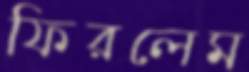
ফিরলেম